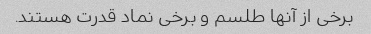
برخی از آنها طلسم و برخی نماد قدرت هستند.